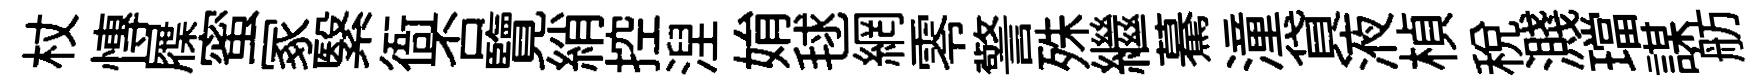
杖慱屧蜜冢繄衙否覽綃控湼姢毬網零警殊繼驀潼貸液楨稅濺璫謀舫